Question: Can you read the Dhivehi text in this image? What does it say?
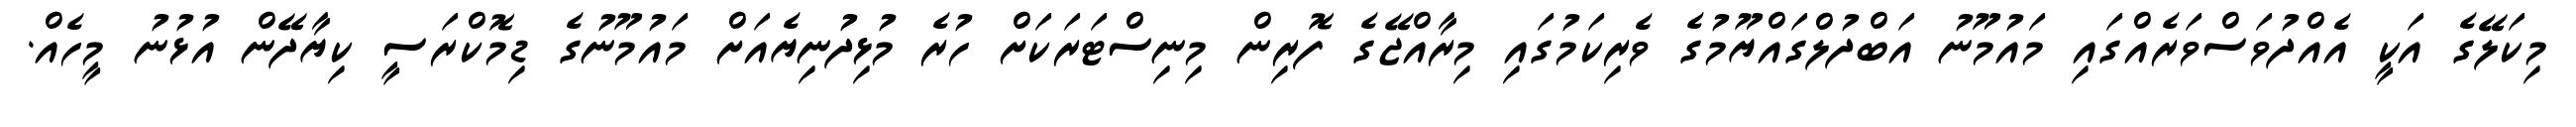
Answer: މިކަލޭގެ އަކީ އެއްދުވަސްވަރެއްގައި މައުމޫނު އަބްދުލްގައްޔޫމުގެ ވެރިކަމުގައި މިރާއްޖޭގެ ފޮރިން މިނިސްޓަރަކަށް ހުރެ މުޅިދުނިޔެއަށް މައުމޫނުގެ ޑިމޮކްރަސީ ކިޔާދޭން އުޅުނު މީހެއް.